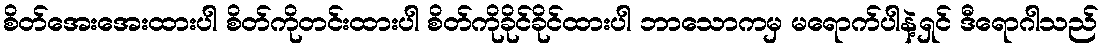
စိတ်အေးအေးထားပါ စိတ်ကိုတင်းထားပါ စိတ်ကိုခိုင်ခိုင်ထားပါ ဘာသောကမှ မရောက်ပါနဲ့ရှင် ဒီရောဂါသည်